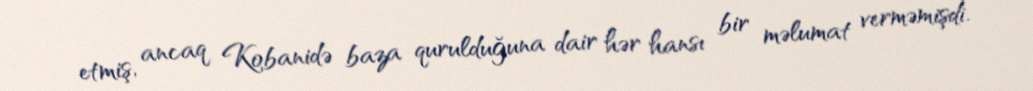
etmiş, ancaq Kobanidə baza qurulduğuna dair hər hansı bir məlumat verməmişdi.